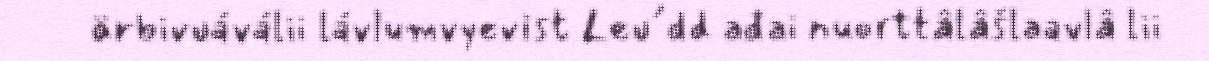
ärbivuáválii lávlumvyevist Leu´dd ađai nuorttâlâšlaavlâ lii